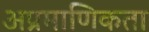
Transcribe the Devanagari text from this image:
अप्रमाणिकता